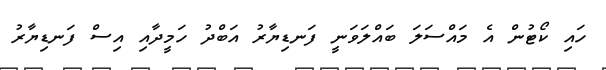
ހައި ކޯޓުން އެ މައްސަލަ ބައްލަވަނީ ފަނޑިޔާރު އަބްދު ހަމީދާއި އިސް ފަނޑިޔާރު